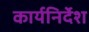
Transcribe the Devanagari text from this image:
कार्यनिर्देश